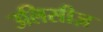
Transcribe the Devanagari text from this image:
उलिसीज़